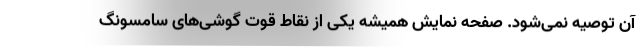
آن توصیه نمی‌شود. صفحه نمایش همیشه یکی از نقاط قوت گوشی‌های سامسونگ